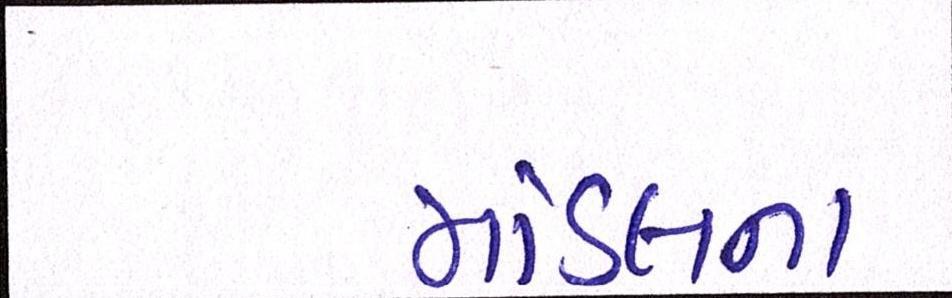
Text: મોડલના